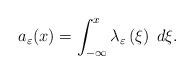
LaTeX: \begin{align*} a_{\varepsilon}(x)=\int_{-\infty}^{x}\lambda_{\varepsilon} \left(\xi\right)\; d\xi. \end{align*}